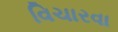
વિચારવા